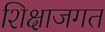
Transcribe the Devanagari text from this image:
शिक्षाजगत